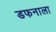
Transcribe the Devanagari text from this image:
डफनाला